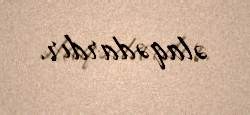
əlaqədardır.